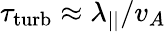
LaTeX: \tau_{\mathrm{turb}}\approx\lambda_{||}/v_{A}